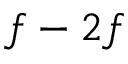
f - 2 f